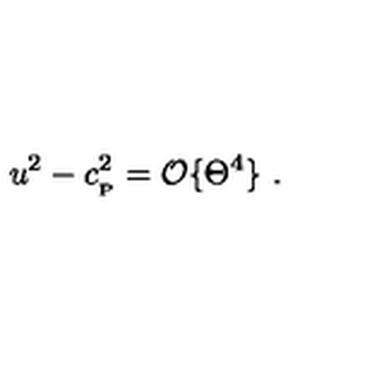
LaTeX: u ^ { 2 } - c _ { _ \mathrm { P } } ^ { 2 } = { \cal O } \{ \Theta ^ { 4 } \} \ .